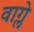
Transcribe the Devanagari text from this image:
वाग्ले